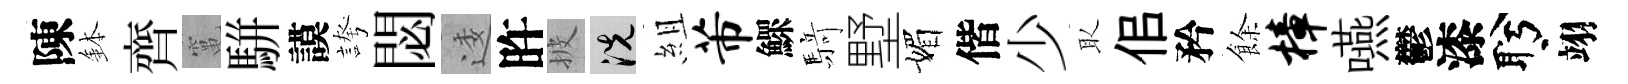
陳鉢齊𥧄駢謨誇閟逶旿披洗組芾鰥𮪍墅媚偕少取佀矜餘樟嚥鬱漆盻翊